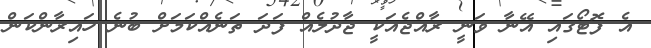
އެ ފޮޓޯގައި އޭނާ ވަނީ ރާއްޖެއަކީ ޖާދުލެއް ފަދަ ތަނެއްކަމަށް ބުނެ ހައިރާންކަން